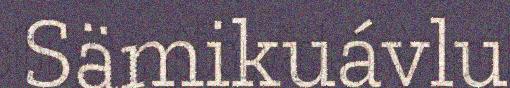
Sämikuávlu